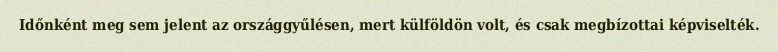
Időnként meg sem jelent az országgyűlésen, mert külföldön volt, és csak megbízottai képviselték.